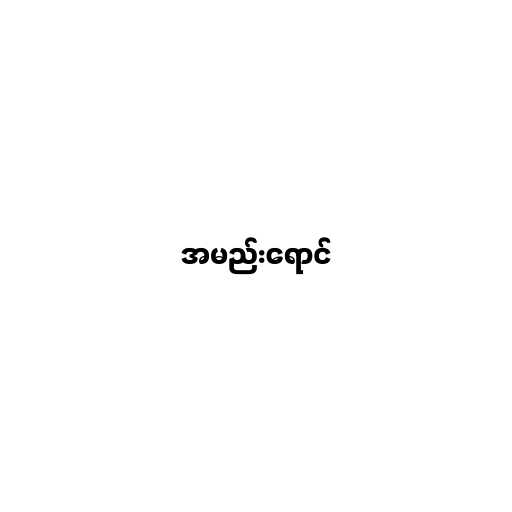
အမည်းရောင်